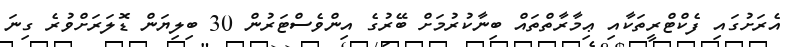
އެރަށުގައި ފެކްޓްރީތަކާއި ޢިމާރާތްތައް ބިނާކުރުމަށް ބޭރުގެ އިންވެސްޓަރުން 30 ބިލިޔަން ޑޮލަރަށްވުރެ ގިނަ